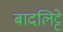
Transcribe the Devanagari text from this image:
बादलिट्टे